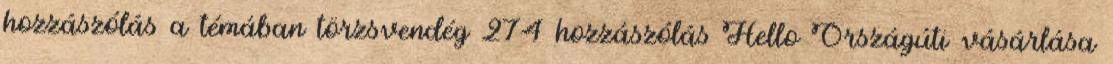
hozzászólás a témában törzsvendég 274 hozzászólás Hello Országúti vásárlása